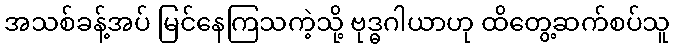
အသစ်ခန့်အပ် မြင်နေကြသကဲ့သို့ ဗုဒ္ဓဂါယာဟု ထိတွေ့ဆက်စပ်သူ